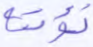
نؤته